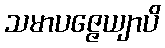
သမာပဇ္ဇေယျာပိ